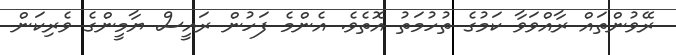
ރޭވުންތައް ރާއްވަވާ ކަމުގެ ތުހުމަތު އޮތެވެ. އެންމެ ފަހުން ރައީސް ޔާމީންގެ ވެރިކަން